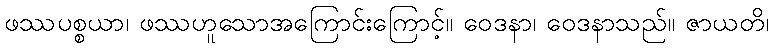
ဖဿပစ္စယာ၊ ဖဿဟူသောအကြောင်းကြောင့်။ ဝေဒနာ၊ ဝေဒနာသည်။ ဇာယတိ၊